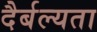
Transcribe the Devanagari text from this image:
दैर्बल्यता